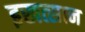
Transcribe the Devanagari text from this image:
इखत्सान